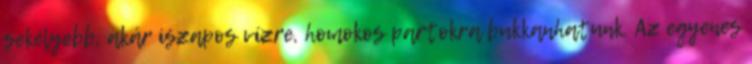
sekélyebb, akár iszapos vízre, homokos partokra bukkanhatunk. Az egyenes